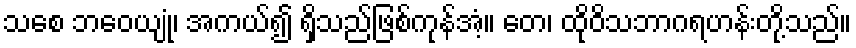
သစေ ဘဝေယျုံ၊ အကယ်၍ ရှိသည်ဖြစ်ကုန်အံ့။ တေ၊ ထိုဝိသဘာဂရဟန်းတို့သည်။